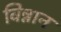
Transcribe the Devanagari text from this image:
विन्नान